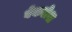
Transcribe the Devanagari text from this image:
बेकलेश